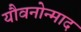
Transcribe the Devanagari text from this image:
यौवनोन्माद